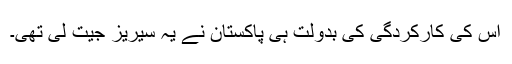
اس کی کارکردگی کی بدولت ہی پاکستان نے یہ سیریز جیت لی تھی۔